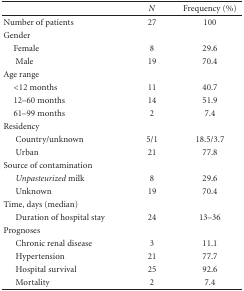
<table><thead><tr><td></td><td><b><i>N</i></b></td><td><b>Frequency (%)</b></td></tr></thead><tbody><tr><td>Number of patients</td><td>27</td><td>100</td></tr><tr><td> Gender</td><td></td><td></td></tr><tr><td> Female</td><td>8</td><td>29.6</td></tr><tr><td>Male</td><td>19</td><td>70.4</td></tr><tr><td>Age range</td><td></td><td></td></tr><tr><td> &lt;12 months</td><td>11</td><td>40.7</td></tr><tr><td> 12–60 months</td><td>14</td><td>51.9</td></tr><tr><td> 61–99 months</td><td>2</td><td>7.4</td></tr><tr><td>Residency</td><td></td><td></td></tr><tr><td>Country/unknown</td><td>5/1</td><td>18.5/3.7</td></tr><tr><td>Urban</td><td>21</td><td>77.8</td></tr><tr><td>Source of contamination</td><td></td><td></td></tr><tr><td> <i> Unpasteurized </i>milk</td><td>8</td><td>29.6</td></tr><tr><td>Unknown</td><td>19</td><td>70.4</td></tr><tr><td>Time, days (median)</td><td></td><td></td></tr><tr><td>Duration of hospital stay</td><td>24</td><td>13–36</td></tr><tr><td>Prognoses</td><td></td><td></td></tr><tr><td>Chronic renal disease</td><td>3</td><td>11.1</td></tr><tr><td>Hypertension</td><td>21</td><td>77.7</td></tr><tr><td>Hospital survival</td><td>25</td><td>92.6</td></tr><tr><td>Mortality</td><td>2</td><td>7.4</td></tr></tbody></table>